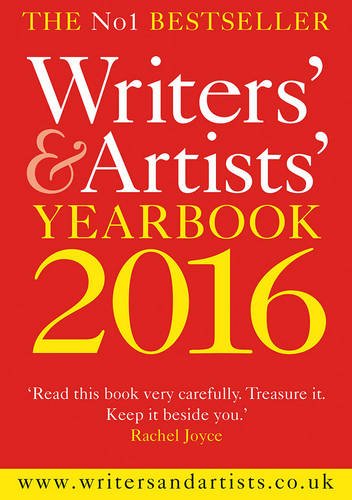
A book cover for Writers' and Artists' Yearbook 2016; Reference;